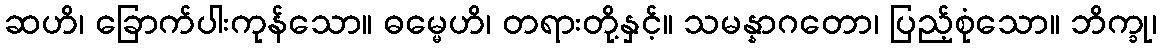
ဆဟိ၊ ခြောက်ပါးကုန်သော။ ဓမ္မေဟိ၊ တရားတို့နှင့်။ သမန္နာဂတော၊ ပြည့်စုံသော။ ဘိက္ခု၊